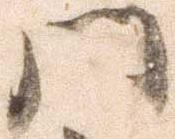
門